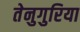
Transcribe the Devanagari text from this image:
तेनुगुरिया